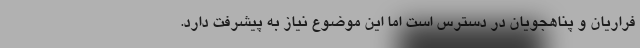
فراریان و پناهجویان در دسترس است اما این موضوع نیاز به پیشرفت دارد.